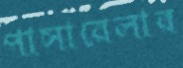
পাসারেলার